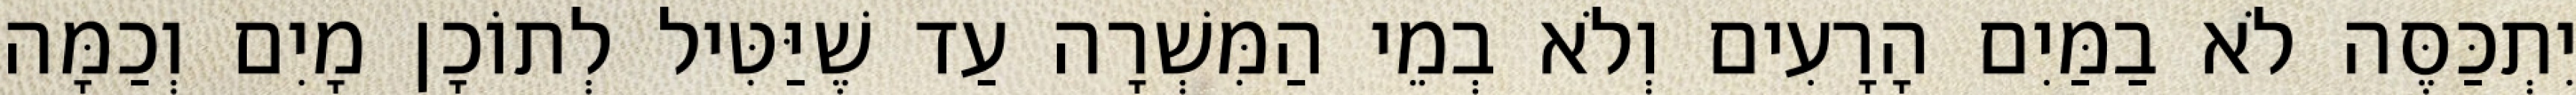
יִתְכַּסֶּה לֹא בַמַּיִם הָרָעִים וְלֹא בְמֵי הַמִּשְׁרָה עַד שֶׁיַּטִּיל לְתוֹכָן מָיִם וְכַמָּה